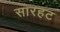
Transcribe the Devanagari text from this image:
सारहट